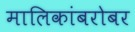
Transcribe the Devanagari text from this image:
मालिकांबरोबर